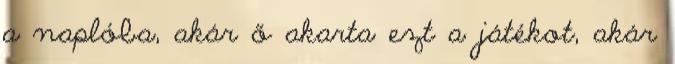
a naplóba, akár ő akarta ezt a játékot, akár